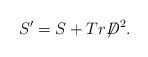
LaTeX: \begin{align*}S'=S+Tr\mathord{\not\mathrel{D}}^2. \end{align*}